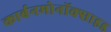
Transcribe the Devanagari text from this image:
कार्बनमोनॉक्साइड